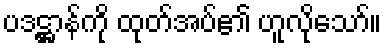
ပဒဋ္ဌာန်ကို ထုတ်အပ်၏ ဟူလိုသော်။